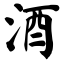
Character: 酒